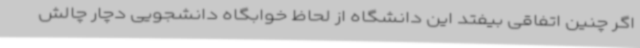
اگر چنین اتفاقی بیفتد این دانشگاه از لحاظ خوابگاه دانشجویی دچار چالش